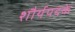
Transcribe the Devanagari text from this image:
शौर्यपदके